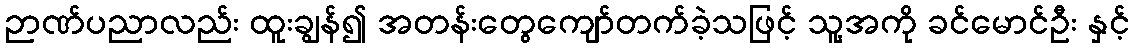
ဉာဏ်ပညာလည်း ထူးချွန်၍ အတန်းတွေကျော်တက်ခဲ့သဖြင့် သူ့အကို ခင်မောင်ဦး နှင့်